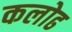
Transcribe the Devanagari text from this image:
कलोढ